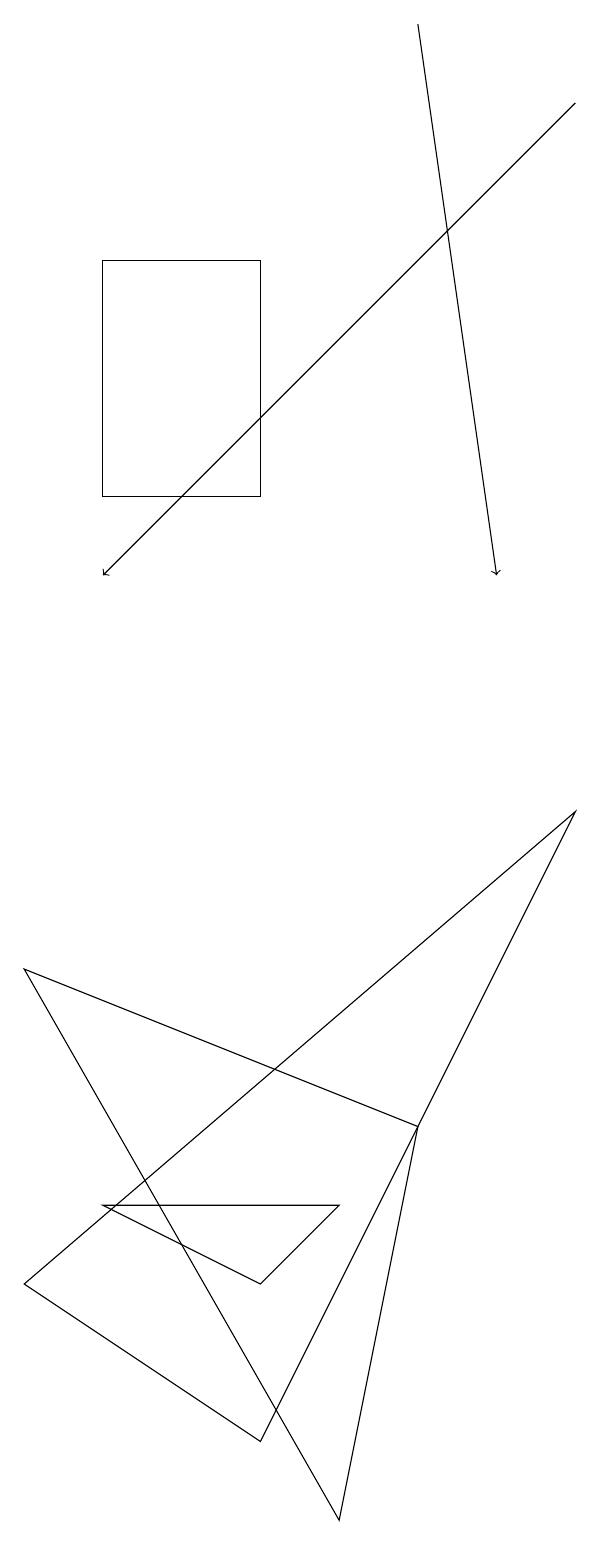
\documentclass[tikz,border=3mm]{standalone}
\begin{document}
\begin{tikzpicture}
\draw[->] (6,19) -- (7,12);
\draw (4,3) -- (5,4) -- (2,4) -- cycle;
\draw (4,16) rectangle (2,13);
\draw (6,5) -- (5,0) -- (1,7) -- cycle;
\draw (8,9) -- (4,1) -- (1,3) -- cycle;
\draw[->] (8,18) -- (2,12);
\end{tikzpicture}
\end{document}